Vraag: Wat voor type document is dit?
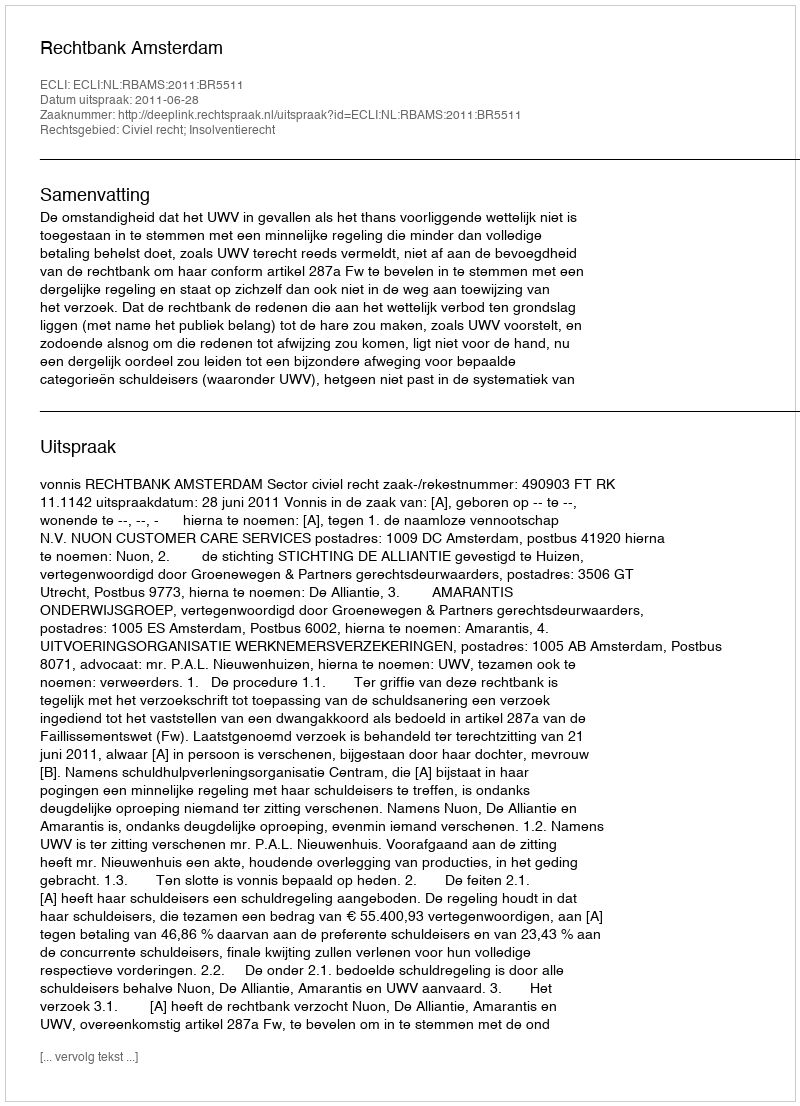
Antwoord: Uitspraak